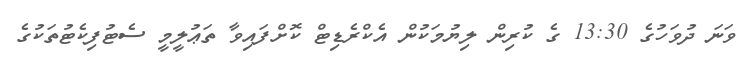
ވަނަ ދުވަހުގެ 13:30 ގެ ކުރިން ލިޔުމަކުން އެކްރެޑިޓް ކޮށްފައިވާ ތަޢުލީމީ ސެޓުފިކެޓުތަކުގެ